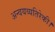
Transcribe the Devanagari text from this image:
अन्वयव्यतिरेकी।